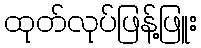
ထုတ်လုပ်ဖြန့်ဖြူး